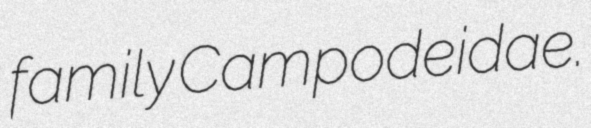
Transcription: family Campodeidae.